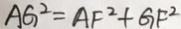
A G ^ { 2 } = A F ^ { 2 } + G F ^ { 2 }